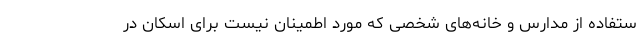
ستفاده از مدارس و خانه‌های شخصی که مورد اطمینان نیست برای اسکان در